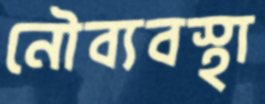
নৌব্যবস্থা